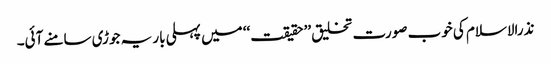
نذرالاسلام کی خوب صورت تخلیق ’’حقیقت‘‘ میں پہلی بار یہ جوڑی سامنے آئی۔